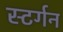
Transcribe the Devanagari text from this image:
स्टर्गन